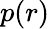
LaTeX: p(r)